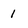
Character: 1